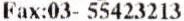
FAX:03- 55423213